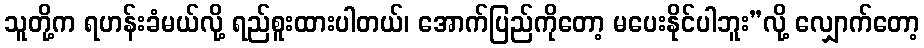
သူတို့က ရဟန်းခံမယ်လို့ ရည်စူးထားပါတယ်၊ အောက်ပြည်ကိုတော့ မပေးနိုင်ပါဘူး”လို့ လျှောက်တော့